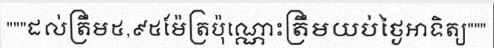
"""ដល់ត្រឹម៥,៩៥ម៉ែត្រប៉ុណ្ណោះត្រឹមយប់ថ្ងៃអាទិត្យ"""